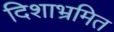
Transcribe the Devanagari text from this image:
दिशाभ्रमित